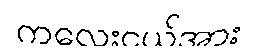
ကလေးငယ်အား